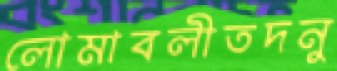
লোমাবলীতদনু